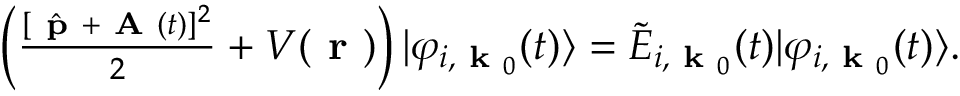
\begin{array} { r } { \left( \frac { [ \hat { \textbf { p } } + \textbf { A } ( t ) ] ^ { 2 } } { 2 } + V ( \textbf { r } ) \right) | \varphi _ { i , \textbf { k } _ { 0 } } ( t ) \rangle = \widetilde { E } _ { i , \textbf { k } _ { 0 } } ( t ) | \varphi _ { i , \textbf { k } _ { 0 } } ( t ) \rangle . } \end{array}